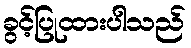
ခွင့်ပြုထားပါသည်